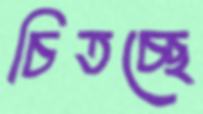
চিতচ্ছে